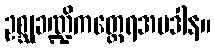
ဥစ္ဆုခဏ္ဍိကတ္ထေရအပဒါန။